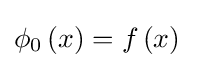
\phi _{0}\left(x\right)=f\left(x\right)~